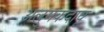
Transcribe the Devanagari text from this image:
अलुमकदावू